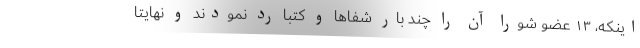
اینکه، ۱۳ عضو شورا آن را چند بار شفاهاً و کتباً رد نمودند و نهایتاً